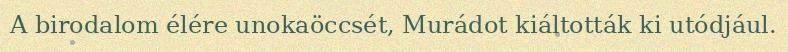
A birodalom élére unokaöccsét, Murádot kiáltották ki utódjául.